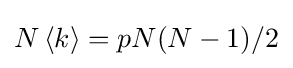
{N\left\langle k\right\rangle =pN(N-1)/2}